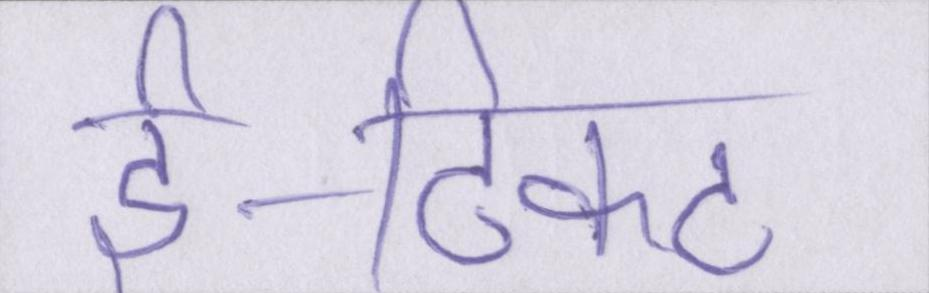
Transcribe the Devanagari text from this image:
ई-टिकट